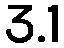
3.1